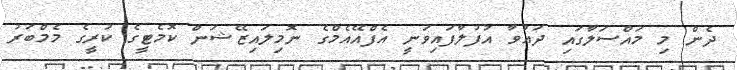
ދެން މި މައްސަލާގައި ދައުވާ އުފުލާފައިވަނީ އެފްއޭއެމްގެ ނޮމިލައިޒޭޝަން ކޮމެޓީގެ ކުރީގެ މެމްބަރު